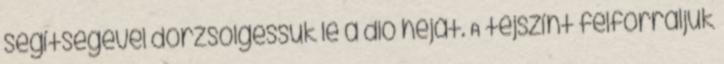
segítségével dörzsölgessük le a dió héját. A tejszínt felforraljuk